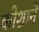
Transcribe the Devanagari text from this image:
कोशाने